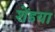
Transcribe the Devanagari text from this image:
शेंडया